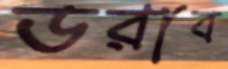
ডরাব